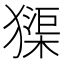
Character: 𤡷